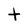
Character: t